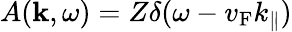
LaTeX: A(\mathbf{k},\omega)=Z\delta(\omega-v_{\mathrm{{F}}}k_{\| })